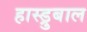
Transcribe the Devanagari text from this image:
हास्ड्रुबाल